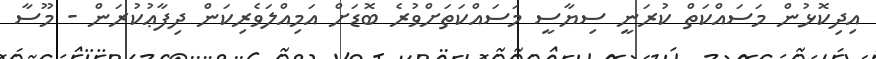
އިދިކޮޅުން މަސައްކަތް ކުރަނީ ސިޔާސީ މަސައްކަތަށްވުރެ ބޮޑަށް އަމިއްލަވެރިކަން ދިފާޢުކުރަން - މޫސާ